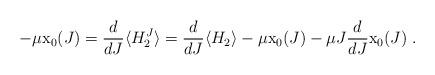
LaTeX: \begin{align*}-\mu {\rm x}_0 (J) = \frac{d}{dJ} \langle H^J_2 \rangle =\frac{d}{dJ} \langle H_2 \rangle - \mu {\rm x}_0(J)-\mu J \frac{d}{dJ} {\rm x}_0(J) \; .\end{align*}